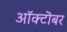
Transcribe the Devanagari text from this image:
आॅक्टॊबर